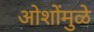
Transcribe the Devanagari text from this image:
ओशोंमुळे